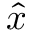
\hat { x }